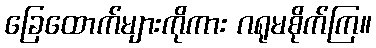
ခြေထောက်များကိုကား ဂရုမစိုက်ကြ။